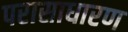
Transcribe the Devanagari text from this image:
परासाधारण